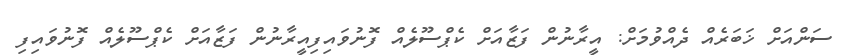
ސަންއަށް ޚަބަރެއް ދެއްވުމަށް: އީރާނުން ފަޒާއަށް ކެޕްސޫލެއް ފޮނުވައިފިއީރާނުން ފަޒާއަށް ކެޕްސޫލެއް ފޮނުވައިފި